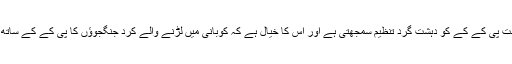
ترک حکومت پی کے کے کو دہشت گرد تنظیم سمجھتی ہے اور اس کا خیال ہے کہ کوبانی میں لڑنے والے کرد جنگجوؤں کا پی کے کے ساتھ رابطہ ہے۔